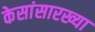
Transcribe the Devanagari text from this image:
केसांसारख्या